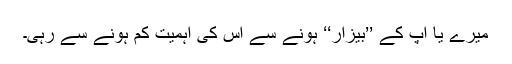
میرے یا آپ کے ’’بیزار‘‘ ہونے سے اس کی اہمیت کم ہونے سے رہی۔